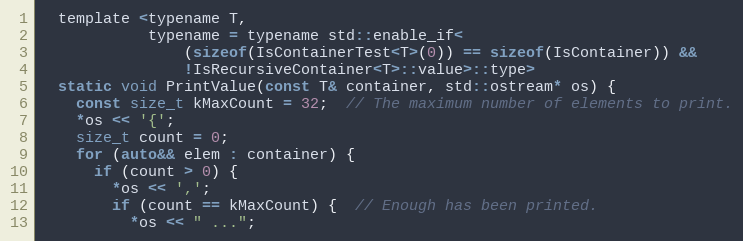
Language: C
  template <typename T,
            typename = typename std::enable_if<
                (sizeof(IsContainerTest<T>(0)) == sizeof(IsContainer)) &&
                !IsRecursiveContainer<T>::value>::type>
  static void PrintValue(const T& container, std::ostream* os) {
    const size_t kMaxCount = 32;  // The maximum number of elements to print.
    *os << '{';
    size_t count = 0;
    for (auto&& elem : container) {
      if (count > 0) {
        *os << ',';
        if (count == kMaxCount) {  // Enough has been printed.
          *os << " ...";